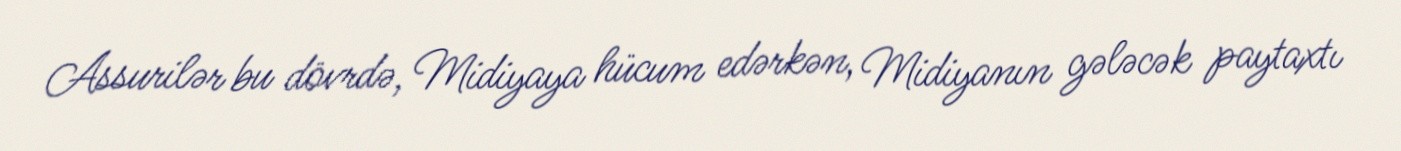
Assurilər bu dövrdə, Midiyaya hücum edərkən, Midiyanın gələcək paytaxtı